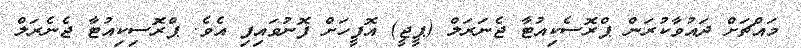
މައްޗަށް ދައުވާކުރަން ޕްރޮސެކިއުޓާ ޖެނަރަލް (ޕީޖީ) އޮފީހަށް ފޮނުވައިފި އެވެ. ޕްރޮސިކިއުޓާ ޖެނެރަލް